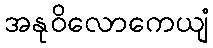
အနုဝိလောကေယျံ